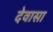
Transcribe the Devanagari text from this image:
देवासा